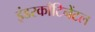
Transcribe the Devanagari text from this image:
इंडरकाँटिनेंटल